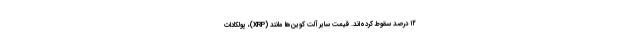
۱۲ درصد سقوط کرده‌‌اند. قیمت سایر آلت کوین‌ها مانند (XRP)، پولکادات